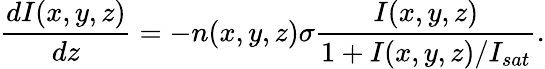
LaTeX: \frac{dI(x,y,z)}{dz}=-n(x,y,z)\sigma\frac{I(x,y,z)}{1+I(x,y,z)/I_{sat}}.